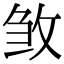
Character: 𭣰